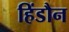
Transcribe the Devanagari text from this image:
हिंडौन